Mental hospitals Bombay report 1929-33 - 1929-1933
Year: 1929
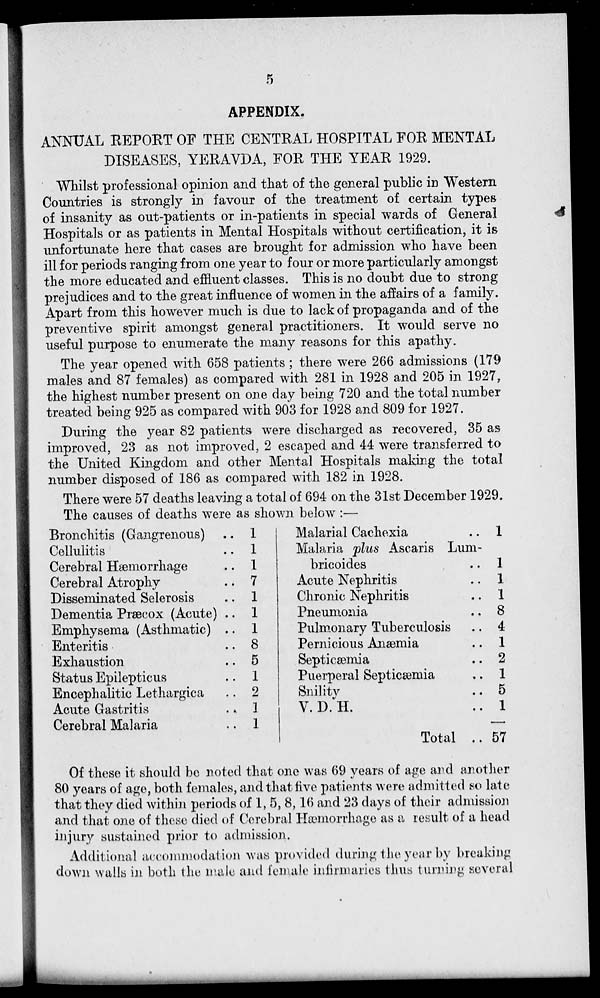
5
APPENDIX.
ANNUAL REPORT OF THE CENTRAL HOSPITAL FOR MENTAL
DISEASES, YERAVDA, FOR THE YEAR 1929.
Whilst professional opinion and that of the general public in Western
Countries is strongly in favour of the treatment of certain types
of insanity as out-patients or in-patients in special wards of General
Hospitals or as patients in Mental Hospitals without certification, it is
unfortunate here that cases are brought for admission who have been
ill for periods ranging from one year to four or more particularly amongst
the more educated and effluent classes. This is no doubt due to strong
prejudices and to the great influence of women in the affairs of a family.
Apart from this however much is due to lack of propaganda and of the
preventive spirit amongst general practitioners. It would serve no
useful purpose to enumerate the many reasons for this apathy.
The year opened with 658 patients ; there were 266 admissions (179
males and 87 females) as compared with 281 in 1928 and 205 in 1927,
the highest number present on one day being 720 and the total number
treated being 925 as compared with 903 for 1928 and 809 for 1927.
During the year 82 patients were discharged as recovered, 35 as
improved, 23 as not improved, 2 escaped and 44 were transferred to
the United Kingdom and other Mental Hospitals making the total
number disposed of 186 as compared with 182 in 1928.
There were 57 deaths leaving a total of 694 on the 31st December 1929.
The causes of deaths were as shown below :—
Bronchitis (Gangrenous) ..
Cellulitis ..
Cerebral Hæmorrhage ..
Cerebral Atrophy ..
Disseminated Selerosis ..
Dementia Præcox (Acute) ..
Emphysema (Asthmatic) ..
Enteritis ..
Exhaustion ..
Status Epilepticus ..
Encephalitic Lethargica ..
Acute Gastritis ..
Cerebral Malaria ..
1
1
1
7
1
1
1
8
5
1
2
1
1
Malarial Cachexia ..
Malaria plus Ascaris Lum-
bricoides ..
Acute Nephritis ..
Chronic Nephritis ..
Pneumonia ..
Pulmonary Tuberculosis ..
Pernicious Anæmia ..
Septicæmia ..
Puerperal Septicæmia ..
Snility ..
V. D. H. ..
Total ..
1
1
1
1
8
4
1
2
1
5
1
57
Of these it should be noted that one was 69 years of age and another
80 years of age, both females, and that five patients were admitted so late
that they died within periods of 1, 5, 8,16 and 23 days of their admission
and that one of these died of Cerebral Hæmorrhage as a result of a head
injury sustained prior to admission.
Additional accommodation was provided during the year by breaking
down walls in both the male and female infirmaries thus turning several